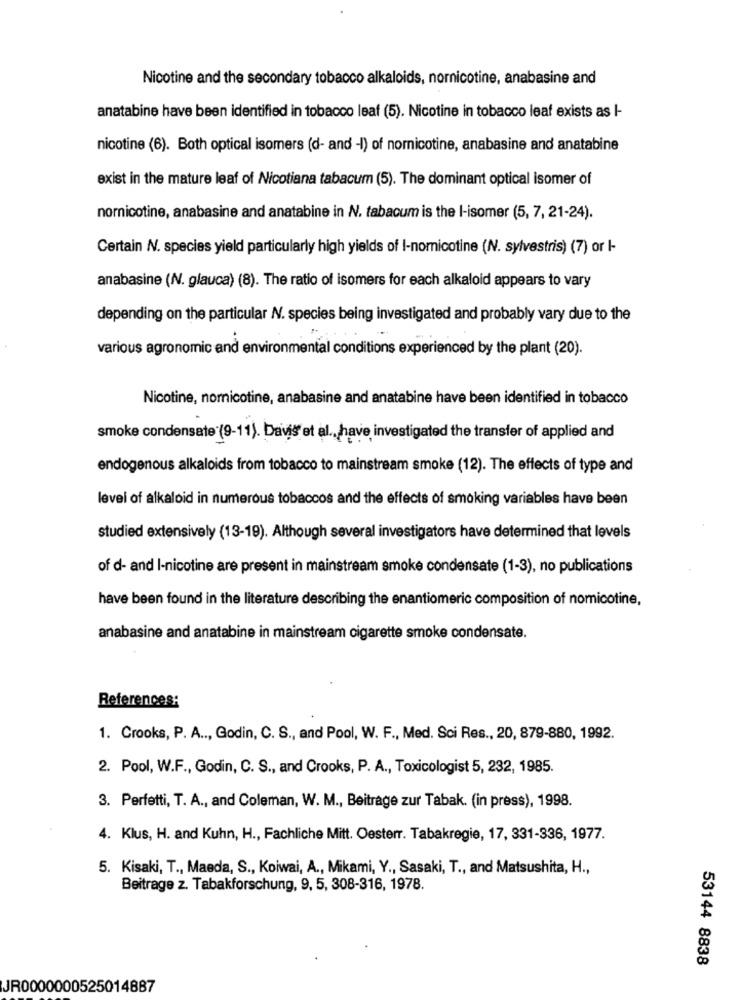
Nicotine and the secondary tobacco alkaloids, nornicotine, anabasine and
anatabine have been identified in tobacco leaf (5). Nicotine in tobacco leaf exists as I-
nicotine (6). Both optical isomers (d- and -I) of nomnicotine, anabasine and anatabine
exist in the mature leaf of Nicotiana tabacum (5). The dominant optical isomer of
nornicotine, anabasine and anatabine in N. tabacum is the I-isomer (5, 7, 21-24).
Certain N. species yield particularly high yields of I-nomnicotine (N. sylvestris) (7) or I-
anabasine (N. glauca) (8). The ratio of isomers for each alkaloid appears to vary
depending on the particular N. species being investigated and probably vary due to the
various agronomic and environmental conditions experienced by the plant (20).
Nicotine, nornicotine, anabasine and anatabine have been identified in tobacco
smoke condensate (9-11). Davis et al ., have investigated the transfer of applied and
endogenous alkaloids from tobacco to mainstream smoke (12). The effects of type and
level of alkaloid in numerous tobaccos and the effects of smoking variables have been
studied extensively (13-19). Although several investigators have determined that levels
of d- and I-nicotine are present in mainstream smoke condensate (1-3), no publications
have been found in the literature describing the enantiomeric composition of nomnicotine,
anabasine and anatabine in mainstream cigarette smoke condensate.
References:
1. Crooks, P. A .., Godin, C. S ., and Pool, W. F ., Med. Sci Res ., 20, 879-880, 1992.
2. Pool, W.F ., Godin, C. S ., and Crooks, P. A ., Toxicologist 5, 232, 1985.
3. Perfetti, T. A ., and Coleman, W. M ., Beiträge zur Tabak. (in press), 1998.
4. Klus, H. and Kuhn, H ., Fachliche Mitt. Oesterr. Tabakregie, 17, 331-336, 1977.
5. Kisaki, T ., Maeda, S ., Koiwai, A ., Mikami, Y ., Sasaki, T ., and Matsushita, H .,
Beitrage z. Tabakforschung, 9, 5, 308-316, 1978.
53144 8838
JR0000000525014887